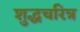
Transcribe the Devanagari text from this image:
शुद्धचरित्र